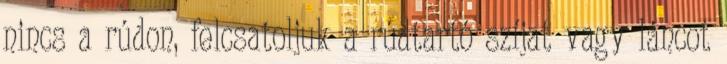
nincs a rúdon, felcsatoljuk a rúdtartó szíjat vagy láncot